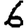
Digit: 6